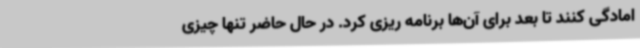
امادگی کنند تا بعد برای آن‌ها برنامه ریزی کرد. در حال حاضر تنها چیزی